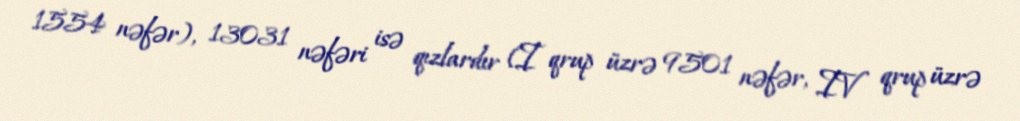
1554 nəfər), 13031 nəfəri isə qızlardır (I qrup üzrə 9501 nəfər, IV qrup üzrə